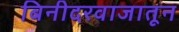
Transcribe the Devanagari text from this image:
बिनीदरवाजातून